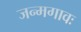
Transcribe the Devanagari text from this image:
जन्मगावः